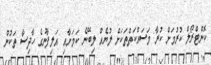
ކޮންޓްރޯލް ކުރުމަށް ކުރާ މަސައްކަތްތަކަށް ލުޔެއް ލިބޭނެ ކަމަށާއި އަލިފާނުގެ ހާދިސާ ތަކުން